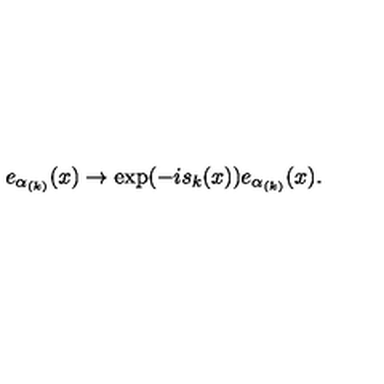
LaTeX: e _ { \alpha _ { ( k ) } } ( x ) \rightarrow \exp ( - i s _ { k } ( x ) ) e _ { \alpha _ { ( k ) } } ( x ) .